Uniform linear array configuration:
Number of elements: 16
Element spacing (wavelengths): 0.25
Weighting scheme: cosine
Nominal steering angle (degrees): -30
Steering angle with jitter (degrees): -29.913
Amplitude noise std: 0.05
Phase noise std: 0.05

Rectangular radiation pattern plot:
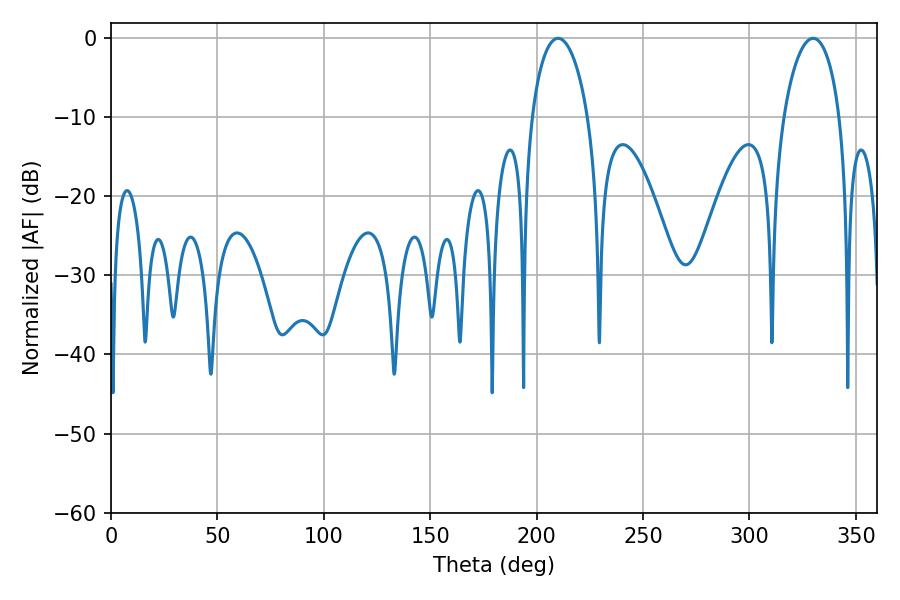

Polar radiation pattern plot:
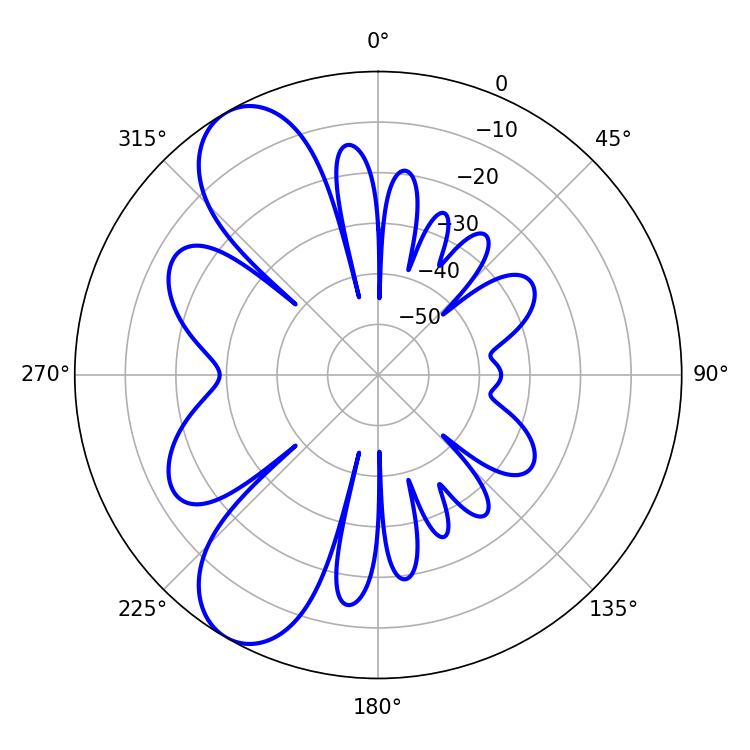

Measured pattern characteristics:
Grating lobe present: FALSE
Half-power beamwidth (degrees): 15.12
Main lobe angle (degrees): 329.94